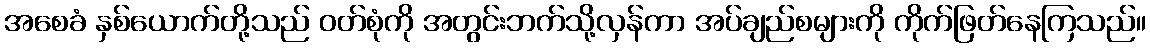
အစေခံ နှစ်ယောက်တို့သည် ဝတ်စုံကို အတွင်းဘက်သို့လှန်ကာ အပ်ချည်စများကို ကိုက်ဖြတ်နေကြသည်။